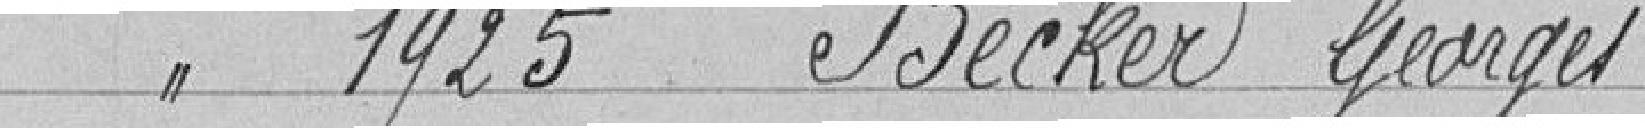
Classe 1925 BECKER Georges